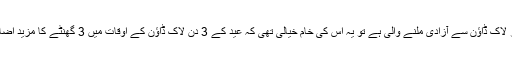
لیکن اگر کوئی یہ سوچ رہا تھا کہ عید پر لاک ڈاؤن سے آزادی ملنے والی ہے تو یہ اس کی خام خیالی تھی کہ عید کے 3 دن لاک ڈاؤن کے اوقات میں 3 گھنٹے کا مزید اضافہ کرکے جرمانے بڑھا دیے گئے تھے۔